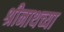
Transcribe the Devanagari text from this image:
श्रीनाथच्या